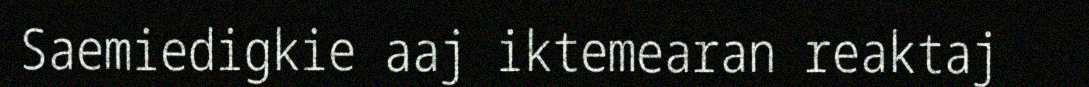
Saemiedigkie aaj iktemearan reaktaj